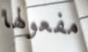
مفعولها